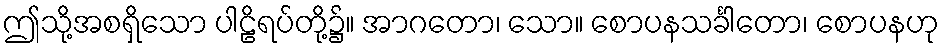
ဤသို့အစရှိသော ပါဠိရပ်တို့၌။ အာဂတော၊ သော။ စောပနသင်္ခါတော၊ စောပနဟု